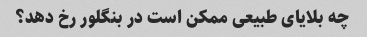
چه بلایای طبیعی ممکن است در بنگلور رخ دهد؟